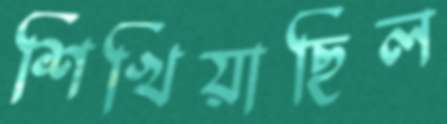
শিখিয়াছিল